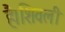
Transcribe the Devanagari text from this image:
है।शिवली